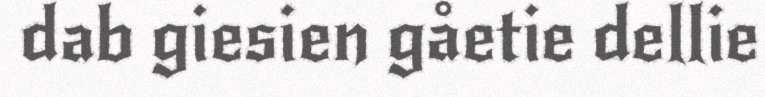
dab giesien gåetie dellie